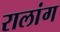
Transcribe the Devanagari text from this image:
रालांग